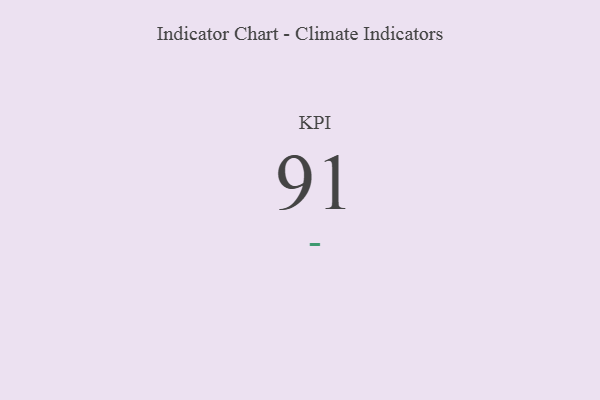
{"axis": {"x": "KPI", "y": "Value"}, "legend": [""], "data": [{"x": "KPI", "y": 91, "type": ""}]}